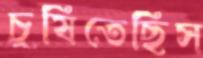
চুষিতেছিস